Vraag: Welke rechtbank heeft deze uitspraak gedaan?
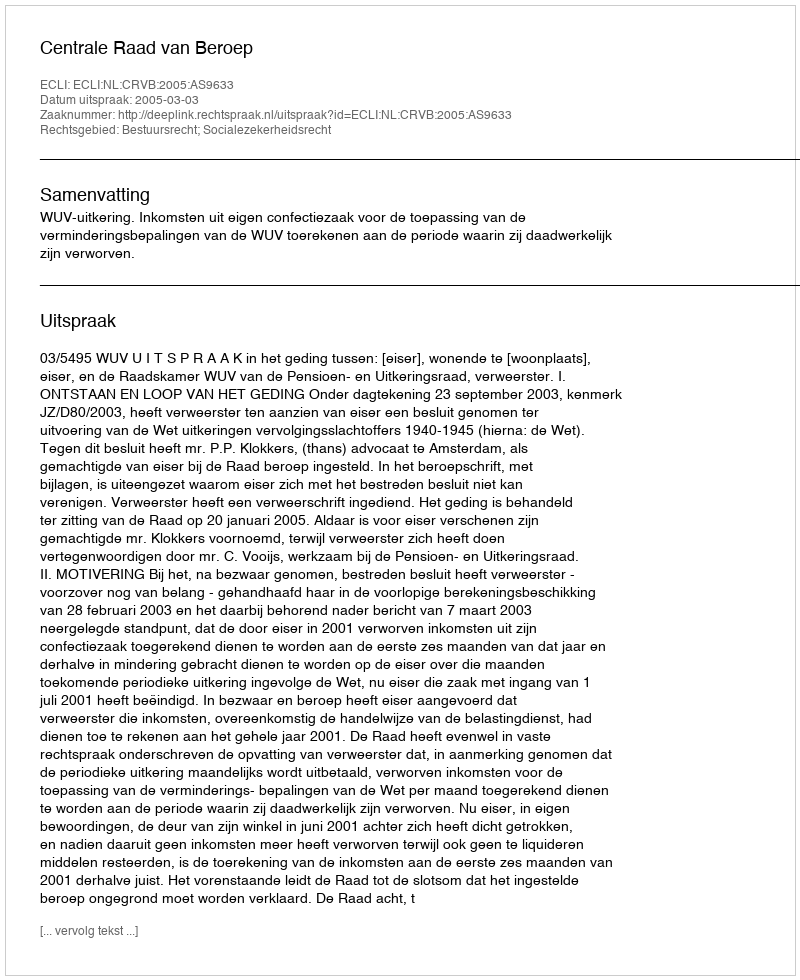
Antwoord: Centrale Raad van Beroep